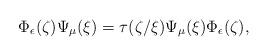
LaTeX: \begin{align*}\Phi_\epsilon(\zeta) \Psi_\mu(\xi) = \tau(\zeta/\xi)\Psi_\mu(\xi) \Phi_\epsilon(\zeta),\end{align*}